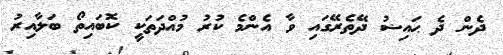
ދެން ދެ ޙައިޟު ދޭތެރޭގައި ވާ އެންމެ ކުރު މުއްދަތަކީ ކޮބައިތޯ ބަލާއިރު